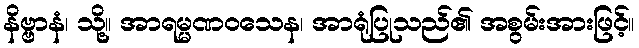
နိဗ္ဗာနံ၊ သို့။ အာရမ္မဏဝသေန၊ အာရုံပြုသည်၏ အစွမ်းအားဖြင့်။